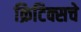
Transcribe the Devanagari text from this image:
क्रिटिक्सचे